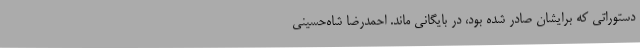
دستوراتی که برایشان صادر شده بود، در بایگانی ماند. احمدرضا شاه‌حسینی